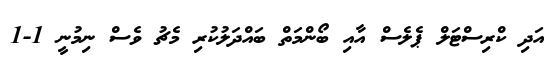
އަދި ކްރިސްޓަލް ޕެލެސް އާއި ބޯންމަތް ބައްދަލުކުރި މެޗު ވެސް ނިމުނީ 1-1